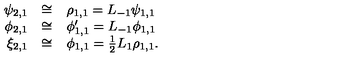
\begin{array} { r c l } { \psi _ { 2 , 1 } } & { \cong } & { \rho _ { 1 , 1 } = L _ { - 1 } \psi _ { 1 , 1 } } \\ { \phi _ { 2 , 1 } } & { \cong } & { \phi _ { 1 , 1 } ^ { \prime } = L _ { - 1 } \phi _ { 1 , 1 } } \\ { \xi _ { 2 , 1 } } & { \cong } & { \phi _ { 1 , 1 } = \frac { 1 } { 2 } L _ { 1 } \rho _ { 1 , 1 } . } \\ \end{array}